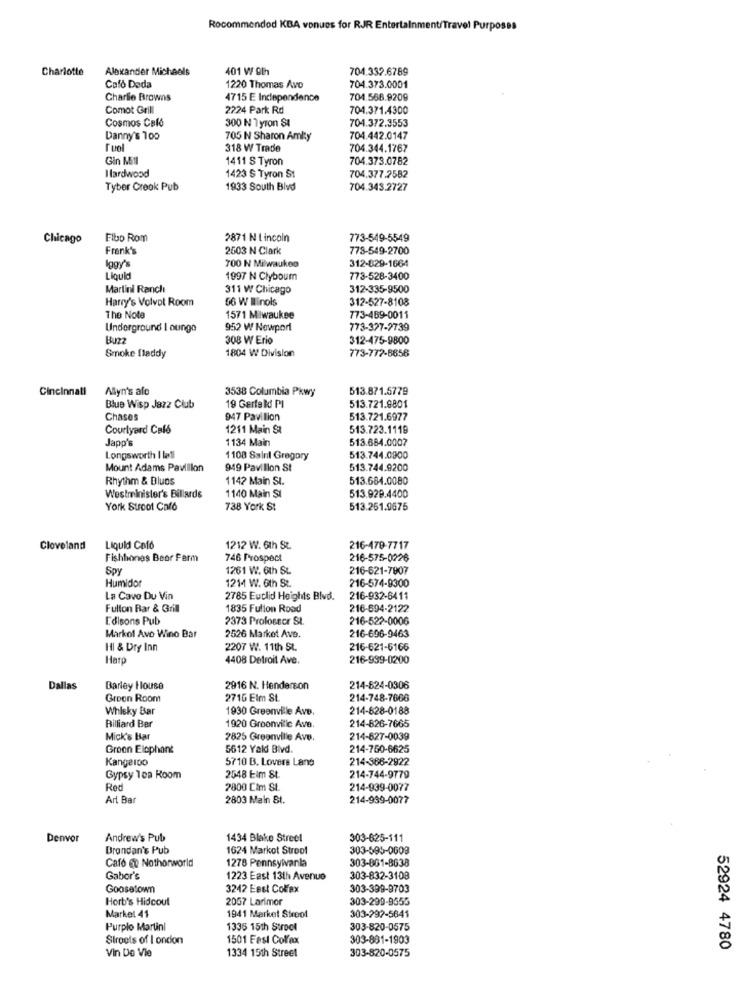
Rocommendod KBA venues for RJR Entertainment/Travel Purposes
Charlotte
Alexander Michaels
401 W 9th
704.332.6789
Cafo Deda
1220 Thomas Avo
704.373.0001
Charlie Browns
4715 E Independence
704.568.9209
Comot Grill
2224 Park Rd
704.371.4300
Cosmos Caló
300 N Tyron St
704.372.3553
Danny's 100
705 N Sharon Amity
704.442.0147
Tuol
318 W Trade
704.344.1767
Gin Mill
1411 S Tyron
704.373.0782
Hardwood
1423 S Tyron St
704.377.2582
Tyber Creok Pub
1933 South Blvd
704.343.2727
Chicago
Fibo Rom
2871 N Lincoln
773-549-5549
Frank's
2503 N Clark
773-549-2700
Iggy's
700 N Milwaukee
312-829-1664
Liquid
1997 N Clyboum
773-528-3400
Martini Ranclı
311 W Chicago
312-335-9500
Harry's Volvot Room
56 W Winols
312-527-8108
The Note
1571 Milwaukee
773-469-0011
Underground I ounge
952 W Newport
773-327-2739
Buz
308 W Erio
312-475-9800
1804 W Division
773-772-8856
Smoke fladdy
Cincinnati
Allyn's afo
3538 Columbia Pkwy
513.871.5779
Blue Wisp Jazz Club
19 Gerfeld PI
513.721.9801
Chases
947 Pavilion
513.721.6977
Courtyard Cal6
1211 Main St
513.723.1119
Japp's
1134 Main
513.684.0007
Longsworth I løll
1108 Saint Gregory
513.744.0900
Mount Adams Pavillon
949 Pavillon St
513.744.9200
Rhythm & Blues
1142 Main SI.
513.684.0080
1140 Main SI
Westminister's Billards
513.929.4400
York Stroot Calo
738 York St
513.261.9675
Cloveland
Liquid Colo
1212 W. 6th St.
216-479-7717
Fishbones Beor Farm
746 Prospect
216-575-0226
Spy
1261 W. 6th St.
216-621-7907
Humidor
1214 W. 6th St.
216-574-9300
La Cavo Du Vin
2785 Euclid Heights Blvd.
216-932-6411
Fulton Bar & Grill
1835 Fullon Road
216-594-2122
Edisons Pub
2373 Proloscor St.
216-522-0006
Markof Avo Wino Bar
2526 Market Ave.
216-696-9463
HI & Dry Inn
2207 W. 11th St.
216-621-6166
Har
4408 Detroit Ave.
216-939-0200
Dallas
Barley House
2916 N. Henderson
214-624-0306
Groon Room
2716 Elm St.
214-748-7666
Whleky Bar
1930 Greenville Ave.
214-628-0188
Billiard Ber
214-826-7665
1920 Groonvilic Ave.
Mick's Bar
2825 Greenville Ave.
214-627-0039
Groon Elephant
5612 Yald Blvd.
214-750-6625
Kangaroo
5710 B. Lovers Lane
214-366-2922
Gypsy 1ca Room
2548 Eim St
214-744-9779
Red
2800 Cim St.
214-939-0077
Art Bar
2803 Maln St.
214-939-0077
Denvor
Andrew's Pub
1434 Blake Street
303-625-111
Brondan's Pub
1624 Markot Stroof
303-595-0009
303-861-8638
Café et Nothorworld
1278 Pennsylvanla
Gabor's
1223 East 13th Avenue
303-832-3108
Goosetown
3242 Eest Colfax
303-399-9703
Horb's Hidcoul
2057 Larimor
303-299-9555
Market 41
1941 Market Streot
303-297-5641
Purplo Martini
1336 15th Strocl
303-820-0575
Siroots of I ondon
1501 Fest Colfax
303-881-1903
Vin De Vie
1334 15th Street
303-820-0575
52924 4780